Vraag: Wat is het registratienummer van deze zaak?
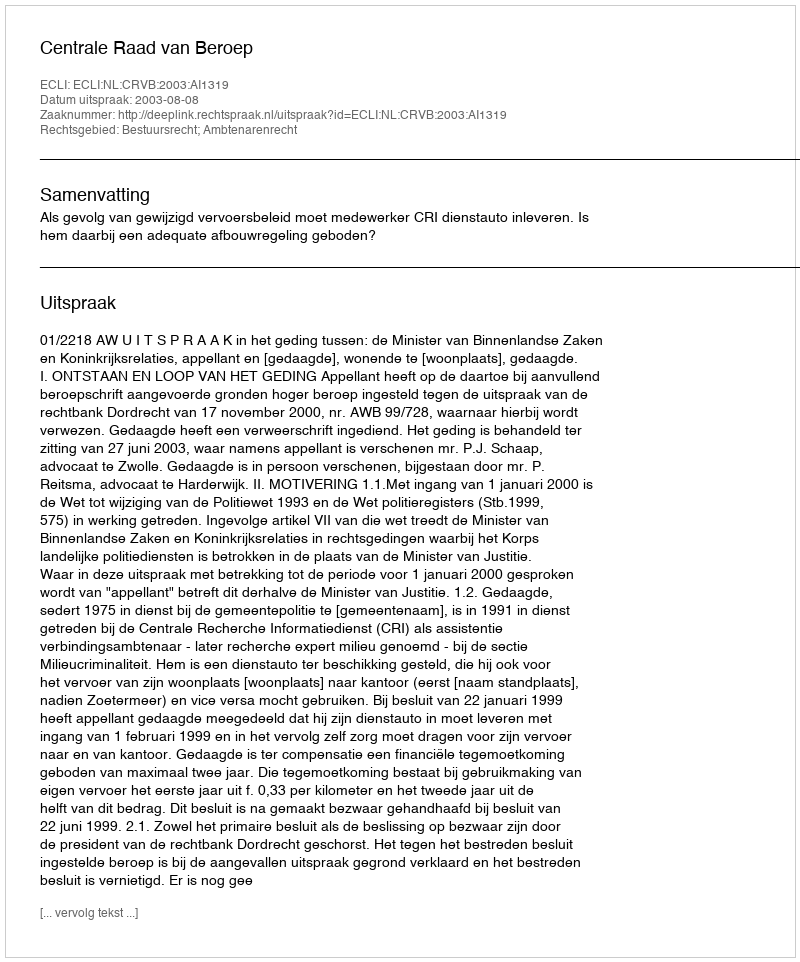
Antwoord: http://deeplink.rechtspraak.nl/uitspraak?id=ECLI:NL:CRVB:2003:AI1319